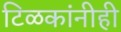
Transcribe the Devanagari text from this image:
टिळकांनीही